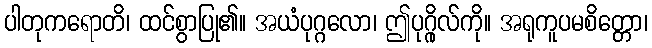
ပါတုကရောတိ၊ ထင်စွာပြု၏။ အယံပုဂ္ဂလော၊ ဤပုဂ္ဂိုလ်ကို။ အရုကူပမစိတ္တော၊